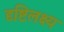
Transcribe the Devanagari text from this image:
दृष्टिलक्ष्य